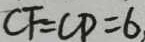
C F = C D = 6